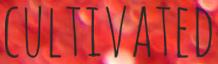
CULTIVATED